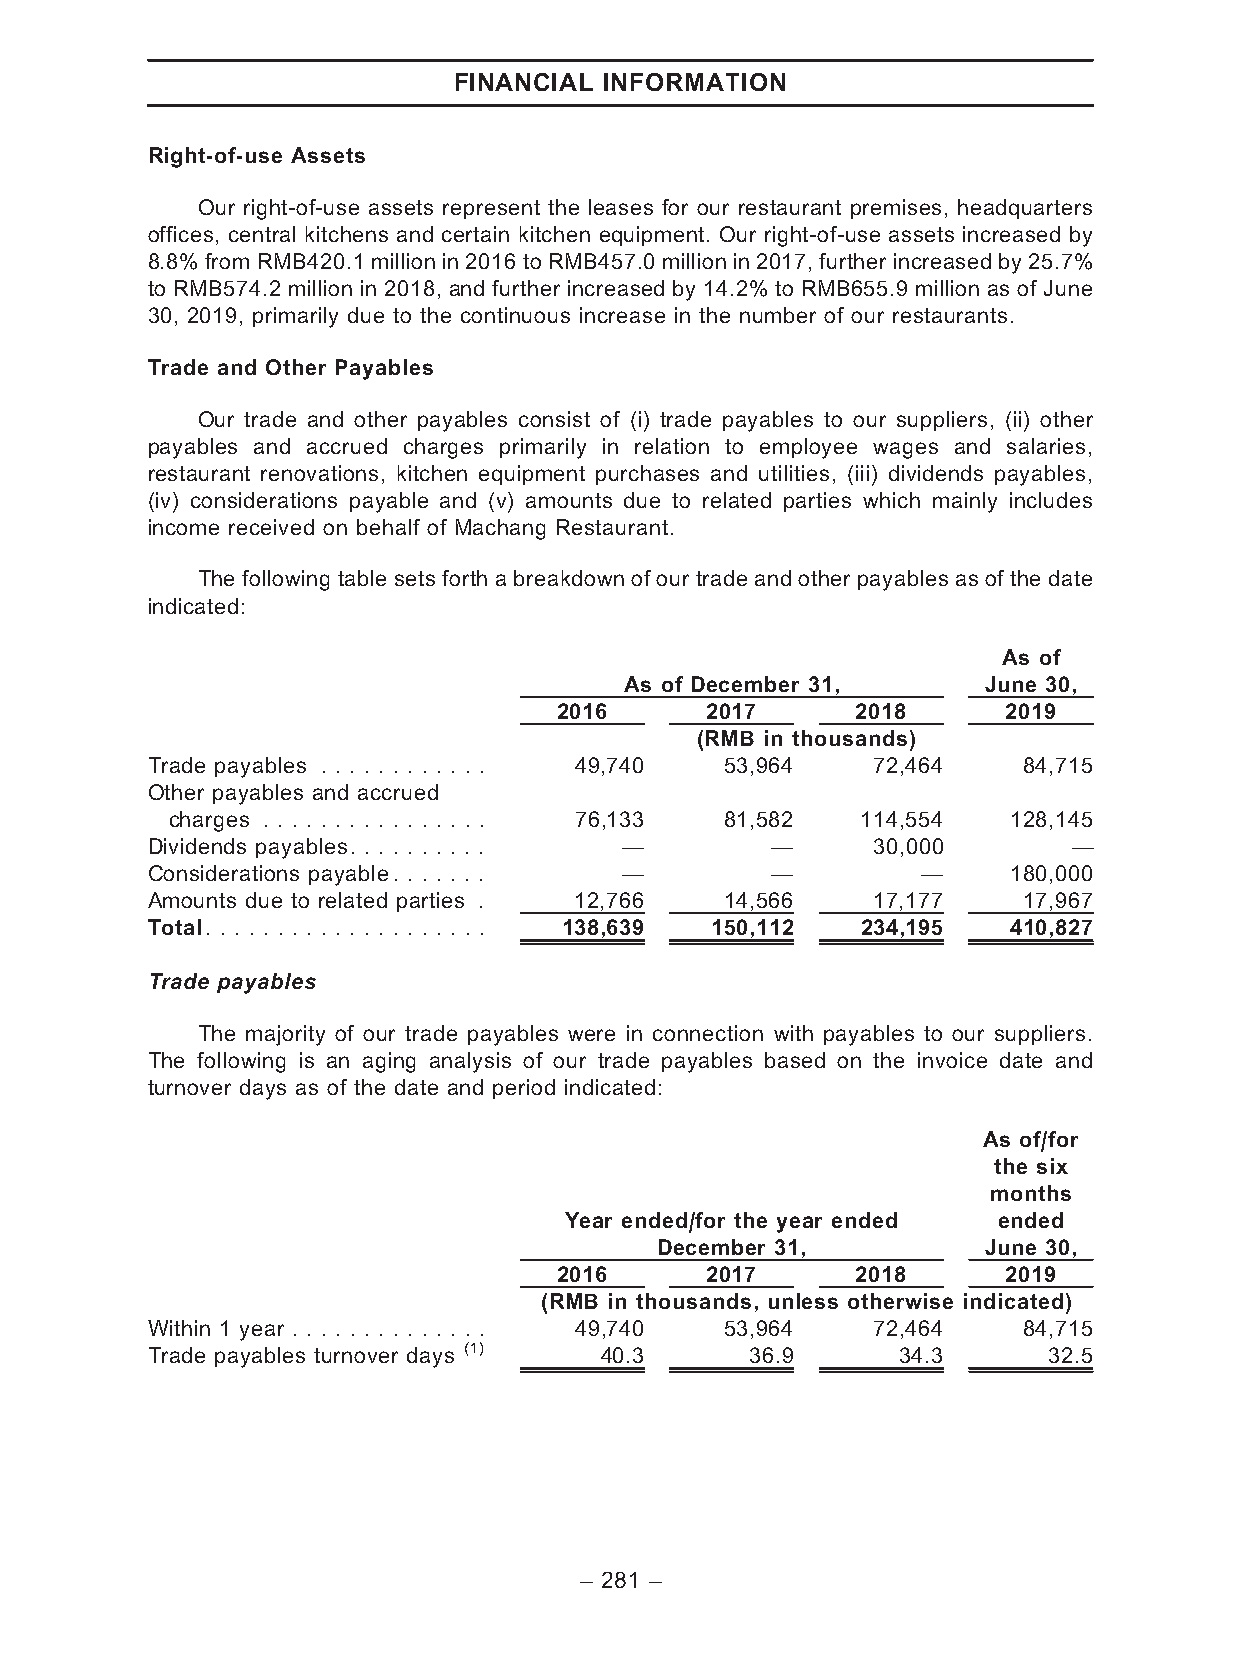
FINANCIAL INFORMATION
 Right-of-use Assets
 Our right-of-use assets represent the leases for our restaurant premises, headquarters
 offices, central kitchens and certain kitchen equipment. Our right-of-use assets increased by
 8.8% from RMB420.1 million in 2016 to RMB457.0 million in 2017, further increased by 25.7%
 to RMB574.2 million in 2018, and further increased by 14.2% to RMB655.9 million as of June
 30, 2019, primarily due to the continuous increase in the number of our restaurants.
 Trade and Other Payables
 Our trade and other payables consist of (i) trade payables to our suppliers, (ii) other
 payables and accrued charges primarily in relation to employee wages and salaries,
 restaurant renovations, kitchen equipment purchases and utilities, (iii) dividends payables,
 (iv) considerations payable and (v) amounts due to related parties which mainly includes
 income received on behalf of Machang Restaurant.
 The following table sets forth a breakdown of our trade and other payables as of the date
 indicated:
 As of
 As of December 31,      June 30,
 2016      2017      2018      2019
 (RMB in thousands)
 Trade payables . . . . . . . . . . . . 49,740 53,964 72,464 84,715
 Other payables and accrued
 charges . . . . . . . . . . . . . . . . 76,133 81,582 114,554 128,145
 Dividends payables. . . . . . . . . . —  —      30,000       —
 Considerations payable. . . . . . . —    —         —     180,000
 Amounts due to related parties . 12,766 14,566  17,177    17,967
 Total. . . . . . . . . . . . . . . . . . . . 138,639 150,112 234,195 410,827
 Trade payables
 The majority of our trade payables were in connection with payables to our suppliers.
 The following is an aging analysis of our trade payables based on the invoice date and
 turnover days as of the date and period indicated:
 As of/for
 the six
 months
 Year ended/for the year ended ended
 December 31,          June 30,
 2016      2017      2018      2019
 (RMB in thousands, unless otherwise indicated)
 Within 1 year . . . . . . . . . . . . . . 49,740 53,964 72,464 84,715
 Trade payables turnover days (1) 40.3   36.9      34.3     32.5
 – 281 –